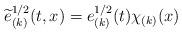
LaTeX: \begin{align*} \widetilde{e}^{1/2}_{(k)}(t,x) = e^{1/2}_{(k)}(t) \chi_{(k)}(x)\end{align*}